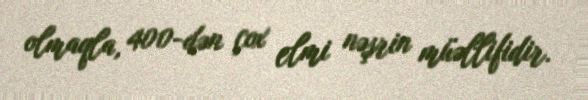
olmaqla, 400-dən çox elmi nəşrin müəllifidir.